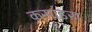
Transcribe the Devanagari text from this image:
कसांडरा